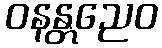
ဝနန္တညေဝ